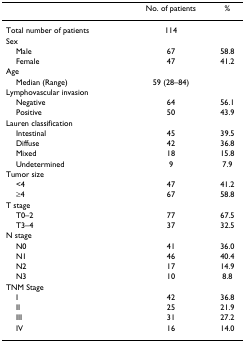
<table><thead><tr><td></td><td><b>No. of patients</b></td><td><b>%</b></td></tr></thead><tbody><tr><td>Total number of patients</td><td>114</td><td></td></tr><tr><td>Sex</td><td></td><td></td></tr><tr><td> Male</td><td>67</td><td>58.8</td></tr><tr><td> Female</td><td>47</td><td>41.2</td></tr><tr><td>Age</td><td></td><td></td></tr><tr><td> Median (Range)</td><td>59 (28–84)</td><td></td></tr><tr><td>Lymphovascular invasion</td><td></td><td></td></tr><tr><td> Negative</td><td>64</td><td>56.1</td></tr><tr><td> Positive</td><td>50</td><td>43.9</td></tr><tr><td>Lauren classification</td><td></td><td></td></tr><tr><td> Intestinal</td><td>45</td><td>39.5</td></tr><tr><td> Diffuse</td><td>42</td><td>36.8</td></tr><tr><td> Mixed</td><td>18</td><td>15.8</td></tr><tr><td> Undetermined</td><td>9</td><td>7.9</td></tr><tr><td>Tumor size</td><td></td><td></td></tr><tr><td> &lt;4</td><td>47</td><td>41.2</td></tr><tr><td> ≥4</td><td>67</td><td>58.8</td></tr><tr><td>T stage</td><td></td><td></td></tr><tr><td> T0–2</td><td>77</td><td>67.5</td></tr><tr><td> T3–4</td><td>37</td><td>32.5</td></tr><tr><td>N stage</td><td></td><td></td></tr><tr><td> N0</td><td>41</td><td>36.0</td></tr><tr><td> N1</td><td>46</td><td>40.4</td></tr><tr><td> N2</td><td>17</td><td>14.9</td></tr><tr><td> N3</td><td>10</td><td>8.8</td></tr><tr><td>TNM Stage</td><td></td><td></td></tr><tr><td> I</td><td>42</td><td>36.8</td></tr><tr><td> II</td><td>25</td><td>21.9</td></tr><tr><td> III</td><td>31</td><td>27.2</td></tr><tr><td> IV</td><td>16</td><td>14.0</td></tr></tbody></table>